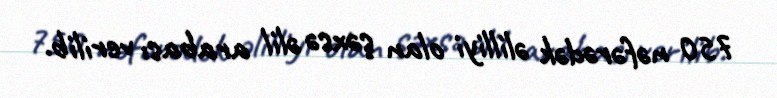
750 nəfərədək əlilliyi olan şəxsə əlil arabası verilib.